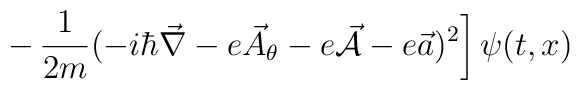
\left. -\, \frac{1}{2m} (-i \hbar {\vec \nabla} - e {\vec A}_\theta- e {\vec {\cal A}}- e {\vec a})^2 \right] \psi (t,x)